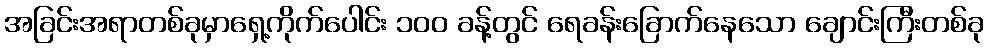
အခြင်းအရာတစ်ခုမှာရှေ့ကိုက်ပေါင်း ၁၀၀ ခန့်တွင် ရေခန်းခြောက်နေသော ချောင်းကြီးတစ်ခု